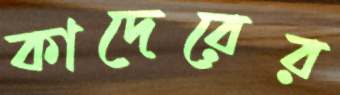
কাদেরের